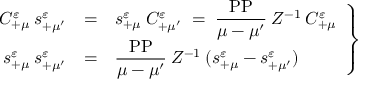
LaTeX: \left. \begin{array} { r c l } { { C _ { + \mu } ^ { \varepsilon } \: s _ { + \mu ^ { \prime } } ^ { \varepsilon } } } & { { = } } & { { s _ { + \mu } ^ { \varepsilon } \: C _ { + \mu ^ { \prime } } ^ { \varepsilon } \; = \; \displaystyle \frac { \mathrm { P P } } { \mu - \mu ^ { \prime } } \: Z ^ { - 1 } \: C _ { + \mu } ^ { \varepsilon } } } \\ { { s _ { + \mu } ^ { \varepsilon } \: s _ { + \mu ^ { \prime } } ^ { \varepsilon } } } & { { = } } & { { \displaystyle \frac { \mathrm { P P } } { \mu - \mu ^ { \prime } } \: Z ^ { - 1 } \: ( s _ { + \mu } ^ { \varepsilon } - s _ { + \mu ^ { \prime } } ^ { \varepsilon } ) } } \end{array} \right\}